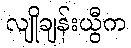
လျိုချန်းယွီက